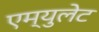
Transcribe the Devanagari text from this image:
एम्युलेट